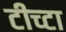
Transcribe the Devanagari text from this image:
टीच्टा